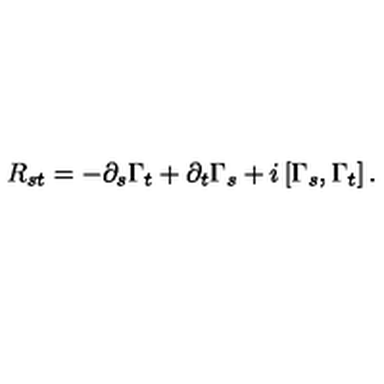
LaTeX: R _ { s t } = - \partial _ { s } \Gamma _ { t } + \partial _ { t } \Gamma _ { s } + i \left[ \Gamma _ { s } , \Gamma _ { t } \right] .